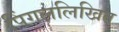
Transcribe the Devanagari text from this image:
पिंगललिखित